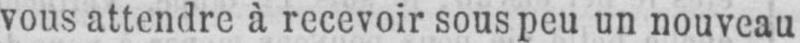
vous attendre à recevoir sous peu un nouveau